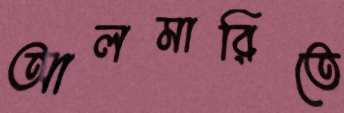
আলমারিতে